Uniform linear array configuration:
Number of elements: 12
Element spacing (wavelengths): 0.75
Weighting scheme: hann
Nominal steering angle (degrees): -45
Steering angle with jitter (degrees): -44.976
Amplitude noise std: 0.05
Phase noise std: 0.05

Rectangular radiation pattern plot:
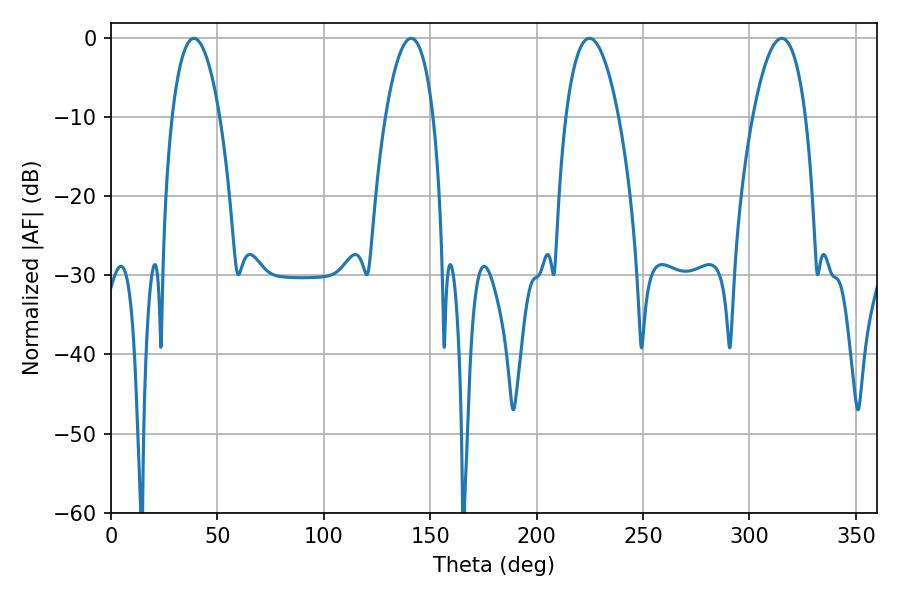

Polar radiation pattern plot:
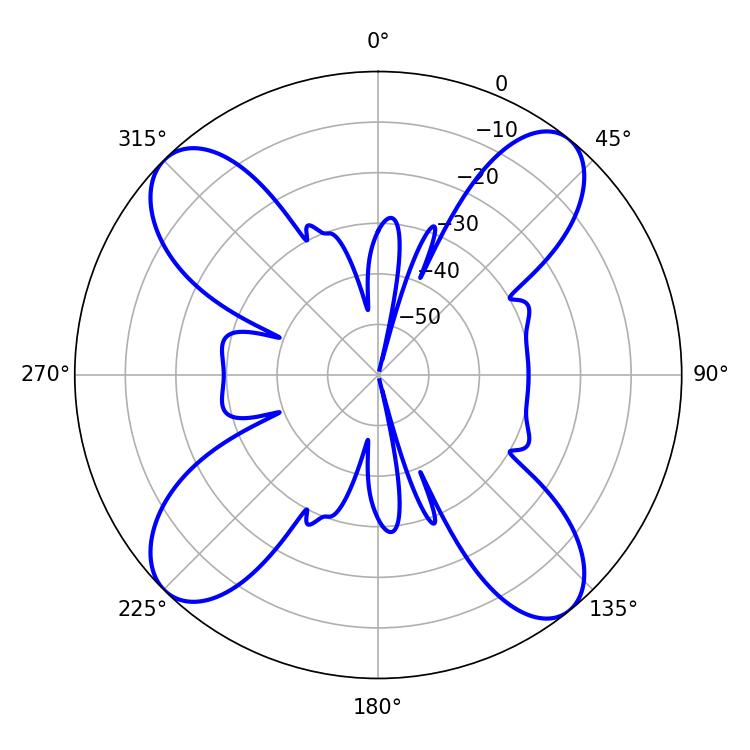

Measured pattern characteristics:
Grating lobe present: TRUE
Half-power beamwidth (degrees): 13.68
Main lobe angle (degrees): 224.82